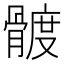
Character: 𩩮